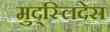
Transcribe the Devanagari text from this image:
मुद्स्लिदेस